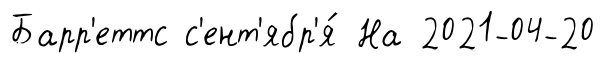
Барр'еттс с'ент'ябр'я́ На 2021-04-20